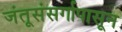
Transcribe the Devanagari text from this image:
जंतूसंसर्गापासून